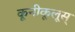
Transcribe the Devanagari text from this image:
कूनीकूलूस्